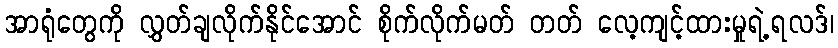
အာရုံတွေကို လွှတ်ချလိုက်နိုင်အောင် စိုက်လိုက်မတ် တတ် လေ့ကျင့်ထားမှုရဲ့ရလဒ်၊